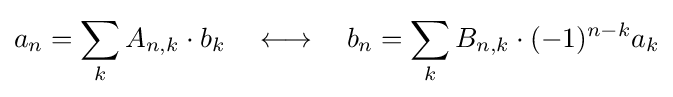
a_{n}=\sum _{k}A_{n,k}\cdot b_{k}\quad \longleftrightarrow \quad b_{n}=\sum _{k}B_{n,k}\cdot (-1)^{n-k}a_{k}